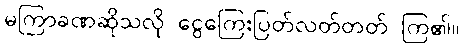
မကြာခဏဆိုသလို ငွေကြေးပြတ်လတ်တတ် ကြ၏။